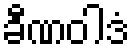
ခီဏဝါဒံ